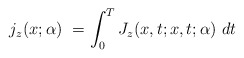
\begin{align*}j_z(x;\alpha)\ =\int_0^TJ_z(x,t;x,t;\alpha)\ dt\end{align*}